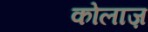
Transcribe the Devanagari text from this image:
कोलाज़